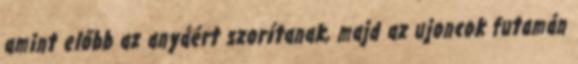
amint előbb az anyáért szorítanak, majd az ujoncok futamán